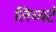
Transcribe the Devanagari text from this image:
लिय्यर्ट